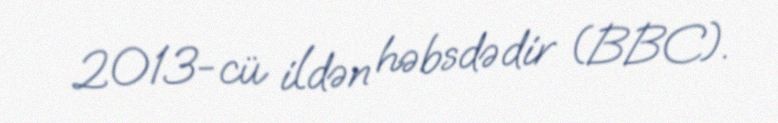
2013-cü ildən həbsdədir (BBC).